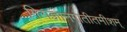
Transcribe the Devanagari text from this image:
गिराज्ञानगोतीतमीशम्